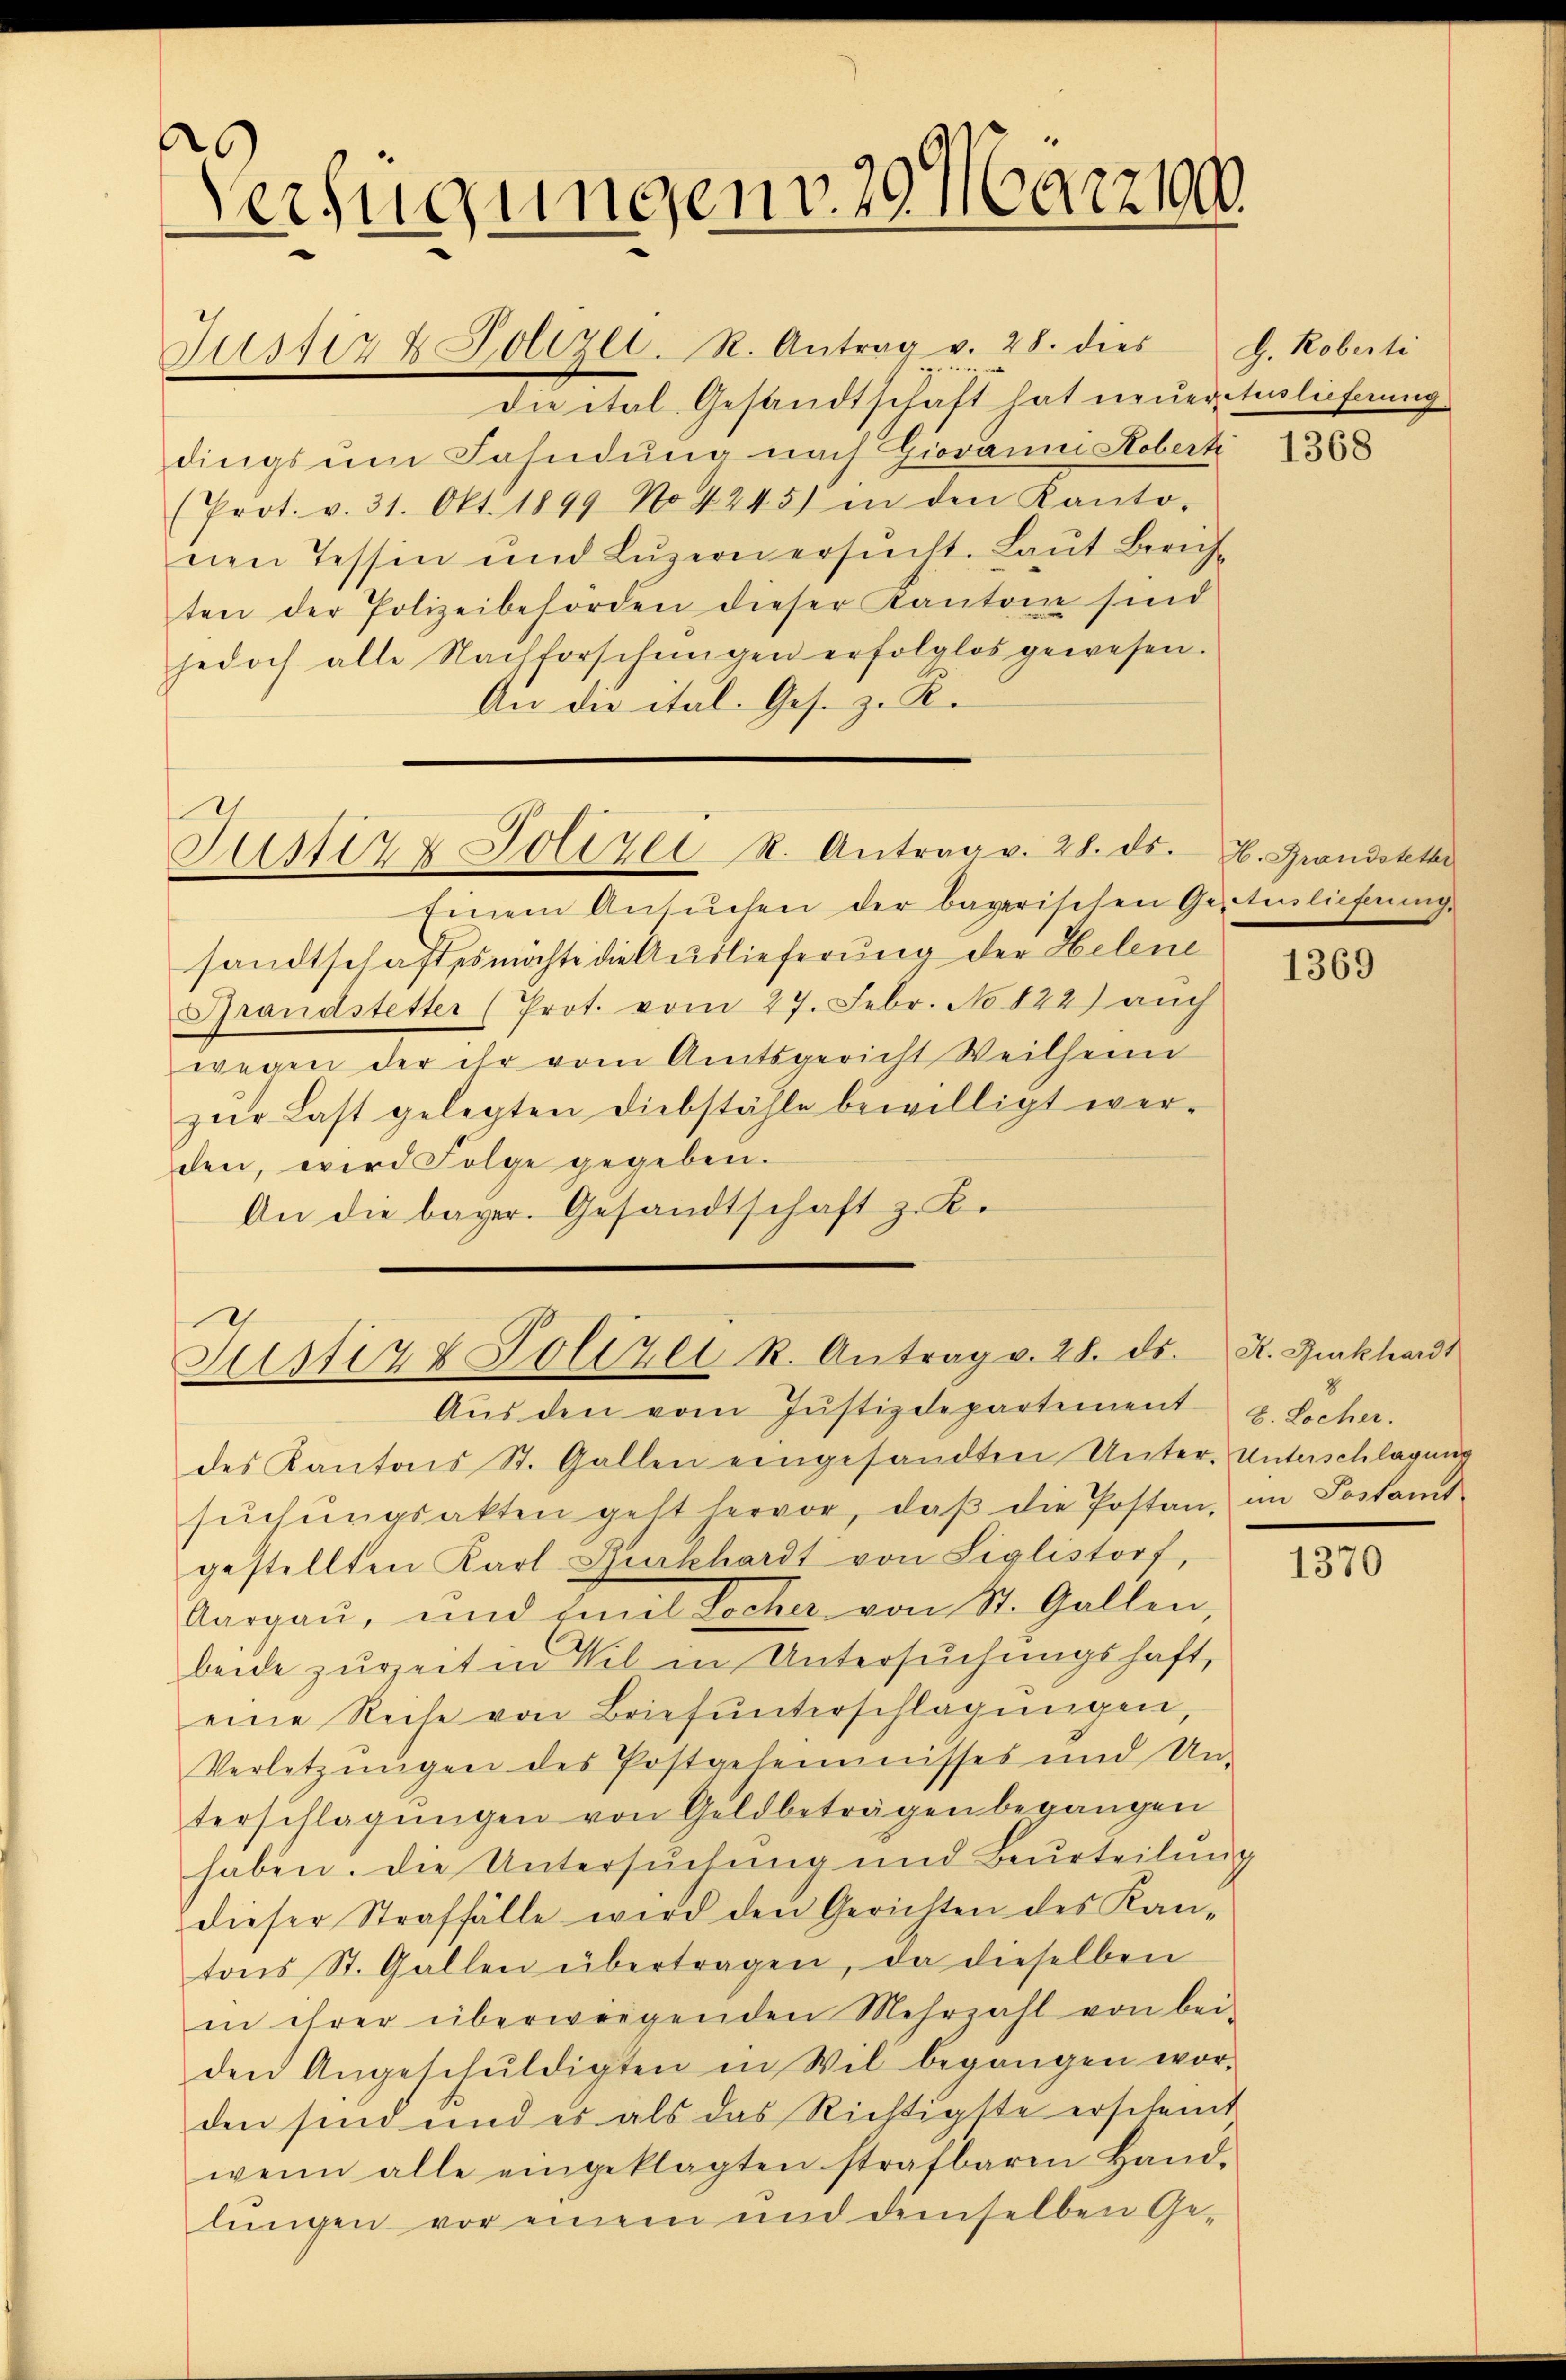
A
Verfügungen v. 29. März 100.
Justiz & Zollzl. R. Antrag v. 28. dies
geune

die ital. Gesandtschaft hat neueratulieferung
dings um Fahndung nach Giovanni Hobert
(Prot. v. 31. Okt. 1899 No 4245) in den Kanto-
nen Tessin und Lŭzern ersŭcht. Laŭt Zürich-
ten der Polizeibehörden dieser Kantone sind
jedoch alle Nachforschŭngen erfolglos gewesen.
An die ital. Ges. z. B.

Justiz & Polizei R. Antrag v. 28. ds.

Einem Ansŭchen der bayerischen Geilichung
sandtschaftes möchte die Auslieferung der Helene
Grandstetter (Prot. vom 27. Febr. No 822) auch
wegen der ihr vom Amtsgericht Weilheim
zŭr Last gelegten Diebstähle bewilligt wer-
den, wird Folge gegeben.
An die bayer. Gesandtschaft z. B.

Justiz & Polizei R. Antrag v. 28. ds.

Aŭs den vom Jŭstizdepartement u. Locher.

des Kantons St. Gallen eingesandten Unter-Unterschlagung
sŭchŭngsakten geht hervor, daβ die Postan, im Postamt-
gestellten Karl Burkhardt von Siglistorf,
Aargau, und Eine Locher von St. Gallen
beide zurzeiten Wil in Untersuchungshaft,
eine Reihe von Brief ŭnterschlagungen,
Verletzungen des Postgeheimnisses und Un-
terschlagungen von Geldbeträgen begangen
haben. Die Untersuchung und Beurteilŭng
dieser Straffälle wird den Gerichten des Kan-
tons St. Gallen übertragen, da dieselben
in ihrer überwiegenden Mehrzahl von bei-
den Angeschŭldigten in Wil begangen wor-
den sind und es als das Richtigste erscheint
wenn alle eingeklagten strafbaren Hand-
lungen vor einem und demselben Ge¬

G. Roberti

1368

H. Grandstetter

1369

H. Burkhards
2

1370